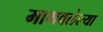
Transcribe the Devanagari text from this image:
मागवलेल्या